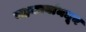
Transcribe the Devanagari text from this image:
सहकार्यामधून